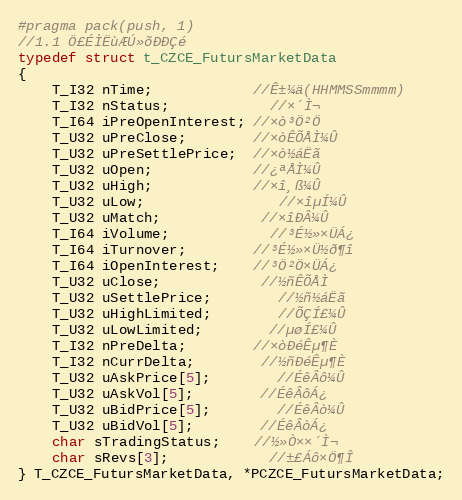
Language: C
#pragma pack(push, 1)
//1.1 Ö£ÉÌËùÆÚ»õÐÐÇé
typedef struct t_CZCE_FutursMarketData
{
	T_I32 nTime;			//Ê±¼ä(HHMMSSmmmm)
	T_I32 nStatus;			//×´Ì¬
	T_I64 iPreOpenInterest; //×ò³Ö²Ö
	T_U32 uPreClose;		//×òÊÕÅÌ¼Û
	T_U32 uPreSettlePrice;  //×ò½áËã
	T_U32 uOpen;			//¿ªÅÌ¼Û
	T_U32 uHigh;			//×î¸ß¼Û
	T_U32 uLow;				//×îµÍ¼Û
	T_U32 uMatch;			//×îÐÂ¼Û
	T_I64 iVolume;			//³É½»×ÜÁ¿
	T_I64 iTurnover;		//³É½»×Ü½ð¶î
	T_I64 iOpenInterest;	//³Ö²Ö×ÜÁ¿
	T_U32 uClose;			//½ñÊÕÅÌ
	T_U32 uSettlePrice;		//½ñ½áËã
	T_U32 uHighLimited;		//ÕÇÍ£¼Û
	T_U32 uLowLimited;		//µøÍ£¼Û
	T_I32 nPreDelta;		//×òÐéÊµ¶È
	T_I32 nCurrDelta;		//½ñÐéÊµ¶È
	T_U32 uAskPrice[5];		//ÉêÂô¼Û
	T_U32 uAskVol[5];		//ÉêÂôÁ¿
	T_U32 uBidPrice[5];		//ÉêÂò¼Û
	T_U32 uBidVol[5];		//ÉêÂòÁ¿
	char sTradingStatus;	//½»Ò××´Ì¬
	char sRevs[3];			//±£Áô×Ö¶Î
} T_CZCE_FutursMarketData, *PCZCE_FutursMarketData;